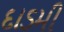
દાડમી